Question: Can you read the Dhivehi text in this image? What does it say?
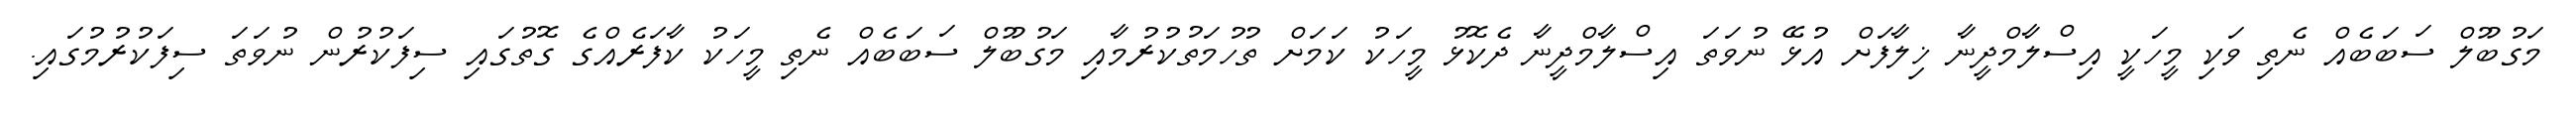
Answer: މަގުބޫލް ސަބަބެއް ނެތި ވަކި މީހަކީ އިސްލާމްދީނާ ޚިލާފަށް އުޅޭ ނުވަތަ އިސްލާމްދީނާ ދެކޮޅު މީހަކު ކަމަށް ތުހުމަތުކުރުމާއި މަގުބޫލް ސަބަބެއް ނެތި މީހަކު ކާފަރެއްގެ ގޮތުގައި ސިފަކުރުން ނުވަތަ ސިފަކުރުމުގައި.